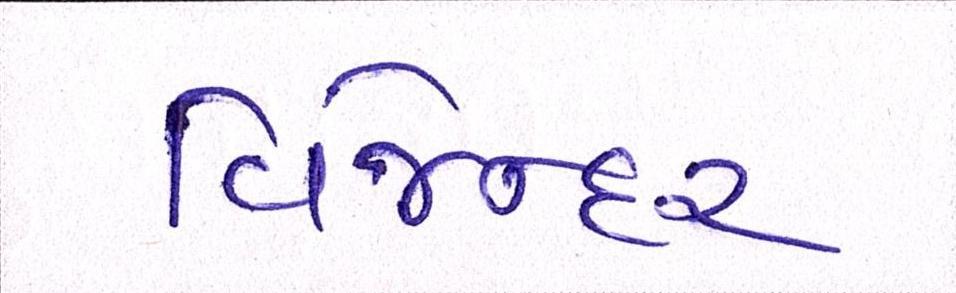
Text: વિજેન્દર